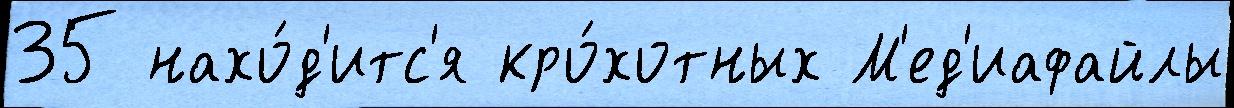
35 нахо́д'итс'я кро́хотных М'ед'иафайлы